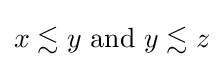
x\lesssim y{\text{ and }}y\lesssim z